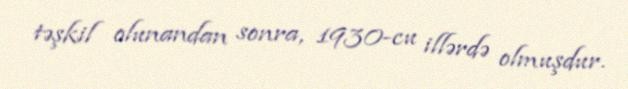
təşkil olunandan sonra, 1930-cu illərdə olmuşdur.